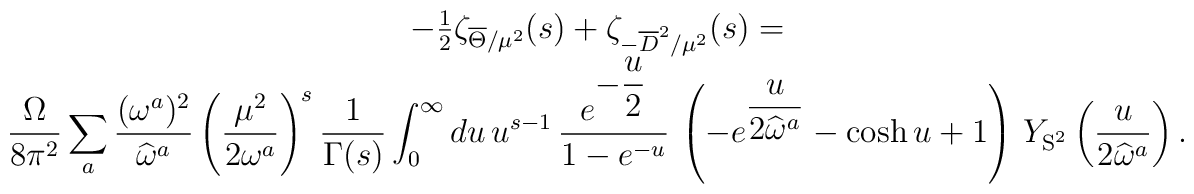
\begin{array}{c}-{1 \over 2} \zeta_{\overline{\Theta}/\mu^2}(s) + \zeta_{-\overline{D}^2/\mu^2}(s)= \\\displaystyle{\Omega \over 8\pi^2 } \sum_a{ (\omega^a)^2 \over \widehat{\omega}^a }\left( \mu^2 \over 2\omega^a \right)^s{1 \over  \Gamma(s)}\int_0^{\infty} du \, u^{s-1} \,{e^{\displaystyle -{u\over 2}} \over 1-e^{-u} } \,\left( -e^{\displaystyle {u \over 2 \widehat{\omega}^a } } - \cosh u +1 \right) \,Y_{{\bf\rm S}^2}\left( {u \over 2 \widehat{\omega}^a} \right) .\end{array}